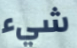
شيء